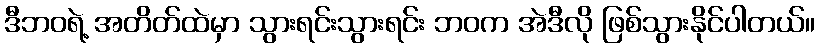
ဒီဘဝရဲ့ အတိတ်ထဲမှာ သွားရင်းသွားရင်း ဘဝက အဲဒီလို ဖြစ်သွားနိုင်ပါတယ်။